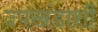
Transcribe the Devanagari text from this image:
उपखंडाशी